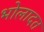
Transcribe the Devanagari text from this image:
भोलादत